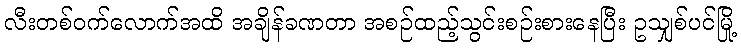
လီးတစ်ဝက်လောက်အထိ အချိန်ခဏတာ အစဉ်ထည့်သွင်းစဉ်းစားနေပြီး ဥသျှစ်ပင်မြို့